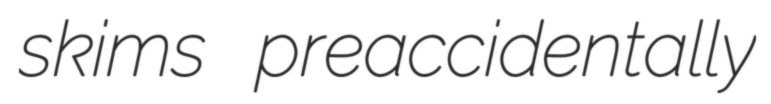
skims preaccidentally